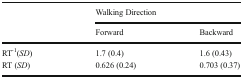
| <ROWSPAN=2>  | <COLSPAN=2> Walking Direction |
 | Forward | Backward |
 | --- | --- | --- |
 | RT-1(SD) | 1.7 (0.4) | 1.6 (0.43) |
 | RT (SD) | 0.626 (0.24) | 0.703 (0.37) |